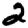
Digit: 2